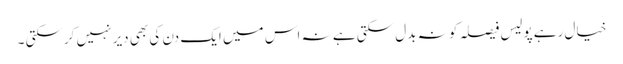
خیال رہے پولیس فیصلہ کو نہ بدل سکتی ہے نہ اس میں ایک دن کی بھی دیر نہیں کرسکتی ۔